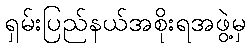
ရှမ်းပြည်နယ်အစိုးရအဖွဲ့မှ